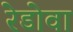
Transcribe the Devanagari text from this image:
रेडोवा